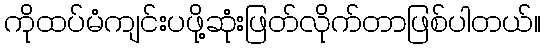
ကိုထပ်မံကျင်းပဖို့ဆုံးဖြတ်လိုက်တာဖြစ်ပါတယ်။